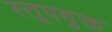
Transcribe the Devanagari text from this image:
स्तूपयुक्त